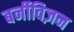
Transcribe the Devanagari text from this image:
बर्नीविज़न